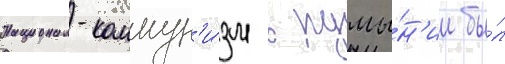
Национал-коммун'и́зм в румы́н'ии бы́л